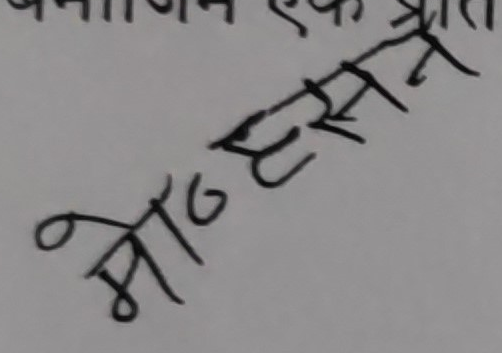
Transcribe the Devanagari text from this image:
मोहनरस्ने